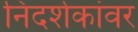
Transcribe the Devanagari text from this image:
निदर्शकांवर